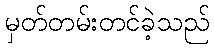
မှတ်တမ်းတင်ခဲ့သည်